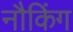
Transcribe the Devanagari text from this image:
नौकिंग